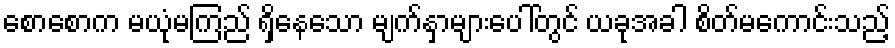
စောစောက မယုံမကြည် ရှိနေသော မျက်နှာများပေါ်တွင် ယခုအခါ စိတ်မကောင်းသည့်